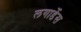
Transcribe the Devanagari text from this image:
लगार्डेस